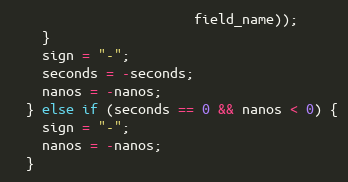
Language: C++
                       field_name));
    }
    sign = "-";
    seconds = -seconds;
    nanos = -nanos;
  } else if (seconds == 0 && nanos < 0) {
    sign = "-";
    nanos = -nanos;
  }